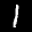
Label: 1